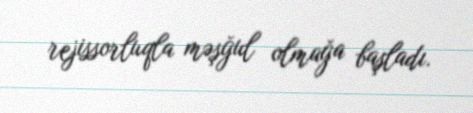
rejissorluqla məşğul olmağa başladı.